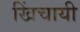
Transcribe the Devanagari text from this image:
खिंचायी